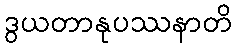
ဒွယတာနုပဿနာတိ